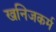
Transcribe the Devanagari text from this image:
खनिजकर्म